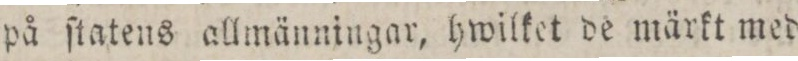
på ſtatens allmänningar, hwilket de märkt med